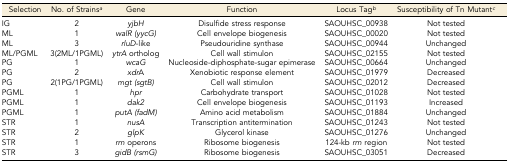
<table><thead><tr><td><b>Selection</b></td><td><b>No. of Strains<i><sup>a</sup></i></b></td><td><b>Gene</b></td><td><b>Function</b></td><td><b>Locus Tag<i><sup>b</sup></i></b></td><td><b>Susceptibility of Tn Mutant<i><sup>c</sup></i></b></td></tr></thead><tbody><tr><td>IG</td><td>2</td><td><i>yjbH</i></td><td>Disulfide stress response</td><td>SAOUHSC_00938</td><td>Not tested</td></tr><tr><td>ML</td><td>1</td><td><i>walR (yycG)</i></td><td>Cell envelope biogenesis</td><td>SAOUHSC_00020</td><td>Not tested</td></tr><tr><td>ML</td><td>3</td><td><i>rluD</i>-like</td><td>Pseudouridine synthase</td><td>SAOUHSC_00944</td><td>Unchanged</td></tr><tr><td>ML/PGML</td><td>3(2ML/1PGML)</td><td><i>ytrA</i> ortholog</td><td>Cell wall stimulon</td><td>SAOUHSC_02155</td><td>Not tested</td></tr><tr><td>PG</td><td>1</td><td><i>wcaG</i></td><td>Nucleoside-diphosphate-sugar epimerase</td><td>SAOUHSC_00664</td><td>Unchanged</td></tr><tr><td>PG</td><td>2</td><td><i>xdr</i>A</td><td>Xenobiotic response element</td><td>SAOUHSC_01979</td><td>Decreased</td></tr><tr><td>PG</td><td>2(1PG/1PGML)</td><td><i>mgt (sgtB)</i></td><td>Cell wall stimulon</td><td>SAOUHSC_02012</td><td>Decreased</td></tr><tr><td>PGML</td><td>1</td><td><i>hpr</i></td><td>Carbohydrate transport</td><td>SAOUHSC_01028</td><td>Not tested</td></tr><tr><td>PGML</td><td>1</td><td><i>dak2</i></td><td>Cell envelope biogenesis</td><td>SAOUHSC_01193</td><td>Increased</td></tr><tr><td>PGML</td><td>1</td><td><i>putA (fadM)</i></td><td>Amino acid metabolism</td><td>SAOUHSC_01884</td><td>Unchanged</td></tr><tr><td>STR</td><td>1</td><td><i>nusA</i></td><td>Transcription antitermination</td><td>SAOUHSC_01243</td><td>Not tested</td></tr><tr><td>STR</td><td>2</td><td><i>glpK</i></td><td>Glycerol kinase</td><td>SAOUHSC_01276</td><td>Unchanged</td></tr><tr><td>STR</td><td>1</td><td><i>rrn</i> operons</td><td>Ribosome biogenesis</td><td>124-kb <i>rrn</i> region</td><td>Not tested</td></tr><tr><td>STR</td><td>3</td><td><i>gidB (rsmG)</i></td><td>Ribosome biogenesis</td><td>SAOUHSC_03051</td><td>Decreased</td></tr></tbody></table>